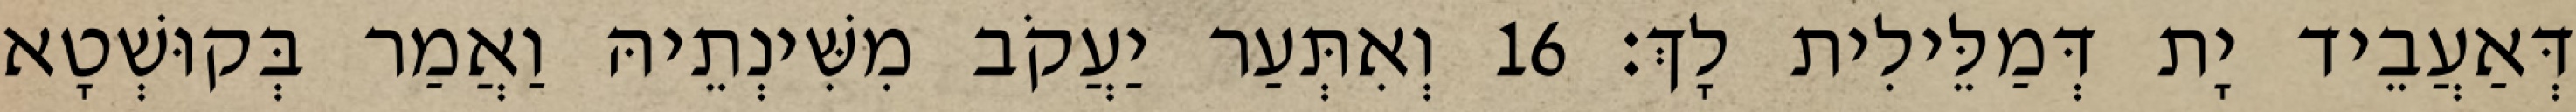
דְּאַעֲבֵיד יָת דְּמַלֵּילִית לָךְ׃ 16 וְאִתְּעַר יַעֲקֹב מִשִּׁינְתֵיהּ וַאֲמַר בְּקוּשְׁטָא